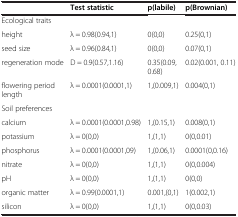
|  | Test statistic | p(labile) | p(Brownian) |
 | --- | --- | --- | --- |
 | Ecological traits |  |  |  |
 | height | λ = 0.98(0.94,1) | 0(0,0) | 0.25(0,1) |
 | seed size | λ = 0.96(0.84,1) | 0(0,0) | 0.07(0,1) |
 | regeneration mode | D = 0.9(0.57,1.16) | 0.35(0.09, 0.68) | 0.02(0.001, 0.11) |
 | flowering period length | λ = 0.0001(0.0001,1) | 1,(0.009,1) | 0.004(0,1) |
 | Soil preferences |  |  |  |
 | calcium | λ = 0.0001(0.0001,0.98) | 1,(0.15,1) | 0.008(0,1) |
 | potassium | λ = 0(0,0) | 1,(1,1) | 0(0,0.01) |
 | phosphorus | λ = 0.0001(0.0001,09) | 1,(0.06,1) | 0.0001(0,0.16) |
 | nitrate | λ = 0(0,0) | 1,(1,1) | 0(0,0.004) |
 | pH | λ = 0(0,0) | 1,(1,1) | 0(0,0) |
 | organic matter | λ = 0.99(0.0001,1) | 0.001,(0,1) | 1(0.002,1) |
 | silicon | λ = 0(0,0) | 1,(1,1) | 0(0,0.03) |